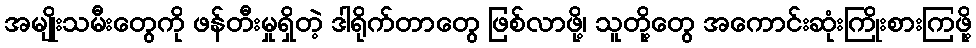
အမျိုးသမီးတွေကို ဖန်တီးမှုရှိတဲ့ ဒါရိုက်တာတွေ ဖြစ်လာဖို့၊ သူတို့တွေ အကောင်းဆုံးကြိုးစားကြဖို့